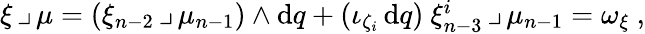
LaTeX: \begin{array}{r}{\xi\, \lrcorner\, \mu=(\xi_{n-2}\, \lrcorner\, \mu_{n-1})\wedge\mathrm{d}q+(\iota_{\zeta_{i}}\, \mathrm{d}q)\ \xi_{n-3}^{i}\, \lrcorner\, \mu_{n-1}=\omega_{\xi}\ ,}\end{array}